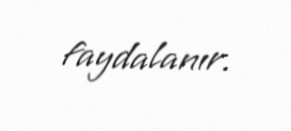
faydalanır.